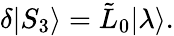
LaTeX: \delta|S_{3}\rangle=\tilde{L}_{0}{\mid}\lambda\rangle.